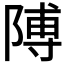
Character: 𮥕